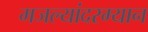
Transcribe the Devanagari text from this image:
मजल्यांदरम्यान